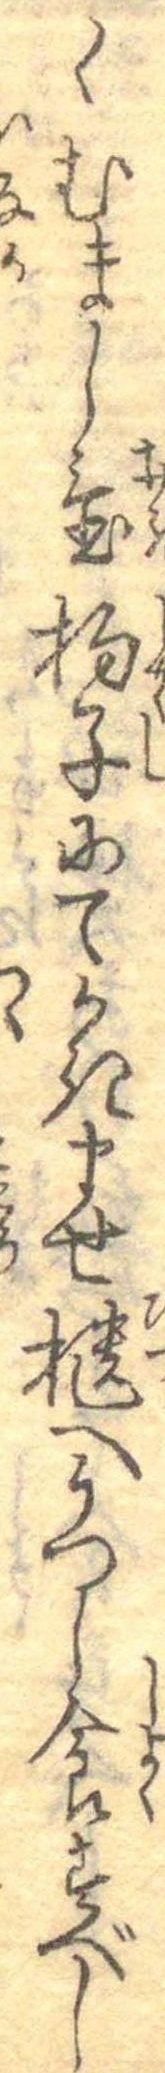
くむまし置杓子にてかきませ櫃へうつし食すべし